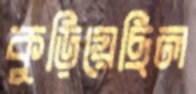
কুড়িয়েছিল